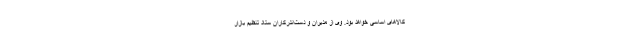
کالاهای اساسی خواهد بود. وی از مدیران و دست‌اندرکاران ستاد تنظیم بازار